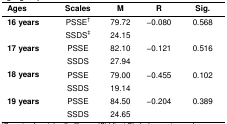
<table><thead><tr><td><b>Ages</b></td><td><b>Scales</b></td><td><b>M</b></td><td><b>R</b></td><td><b>Sig.</b></td></tr></thead><tbody><tr><td rowspan="2"><b>16 years</b></td><td>PSSE†</td><td>79.72</td><td rowspan="2">−0.080</td><td rowspan="2">0.568</td></tr><tr><td>SSDS‡</td><td>24.15</td></tr><tr><td rowspan="2"><b>17 years</b></td><td>PSSE</td><td>82.10</td><td rowspan="2">−0.121</td><td rowspan="2">0.516</td></tr><tr><td>SSDS</td><td>27.94</td></tr><tr><td rowspan="2"><b>18 years</b></td><td>PSSE</td><td>79.00</td><td rowspan="2">−0.455</td><td rowspan="2">0.102</td></tr><tr><td>SSDS</td><td>19.14</td></tr><tr><td rowspan="2"><b>19 years</b></td><td>PSSE</td><td>84.50</td><td rowspan="2">−0.204</td><td rowspan="2">0.389</td></tr><tr><td>SSDS</td><td>24.65</td></tr></tbody></table>